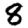
Digit: 8